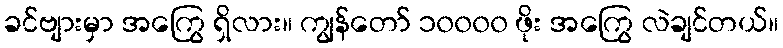
ခင်ဗျားမှာ အကြွေ ရှိလား။ ကျွန်တော် ၁၀၀၀၀ ဖိုး အကြွေ လဲချင်တယ်။